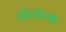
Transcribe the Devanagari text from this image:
चोलांच्या